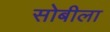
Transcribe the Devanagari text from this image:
सोबीला